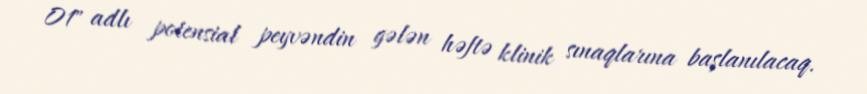
01" adlı potensial peyvəndin gələn həftə klinik sınaqlarına başlanılacaq.